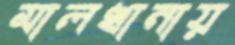
মালখানায়